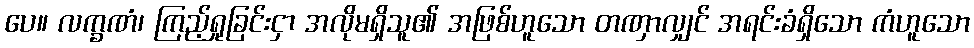
ပေ။ လက္ခဏံ၊ ကြည့်ရှုခြင်းငှာ အလိုမရှိသူ၏ အဖြစ်ဟူသော တဏှာလျှင် အရင်းခံရှိသော ကံဟူသော